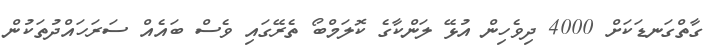
ގާތްގަނޑަކަށް 4000 ދިވެހިން އުޅޭ ލަންކާގެ ކޮލަމްބޯ ތެރޭގައި ވެސް ބައެއް ސަރަހައްދުތަކުން